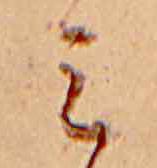
ミ